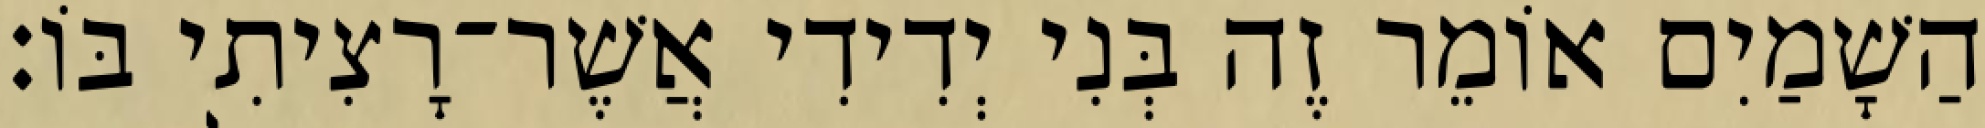
הַשָׁמַיִם אוֹמֵר זֶה בְּנִי יְדִידִי אֲשֶׁר־רָצִיתִי בּוֹ׃